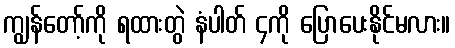
ကျွန်တော့်ကို ရထားတွဲ နံပါတ် ၄ကို ပြောပေးနိုင်မလား။